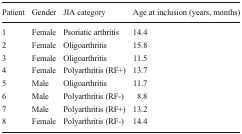
<table><thead><tr><td><b>Patient</b></td><td><b>Gender</b></td><td><b>JIA category</b></td><td><b>Age at inclusion (years, months)</b></td></tr></thead><tbody><tr><td>1</td><td>Female</td><td>Psoriatic arthritis</td><td>14.4</td></tr><tr><td>2</td><td>Female</td><td>Oligoarthritis</td><td>15.8</td></tr><tr><td>3</td><td>Female</td><td>Oligoarthritis</td><td>11.5</td></tr><tr><td>4</td><td>Female</td><td>Polyarthritis (RF+)</td><td>13.7</td></tr><tr><td>5</td><td>Male</td><td>Oligoarthritis</td><td>11.7</td></tr><tr><td>6</td><td>Male</td><td>Polyarthritis (RF-)</td><td>8.8</td></tr><tr><td>7</td><td>Male</td><td>Polyarthritis (RF+)</td><td>13.2</td></tr><tr><td>8</td><td>Female</td><td>Polyarthritis (RF-)</td><td>14.4</td></tr></tbody></table>